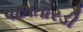
પછાતારડી